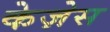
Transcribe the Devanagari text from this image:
केज़ेस